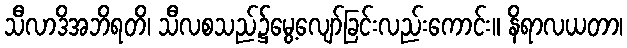
သီလာဒိအဘိရတိ၊ သီလစသည်၌မွေ့လျော်ခြင်းလည်းကောင်း။ နိရာလယတာ၊